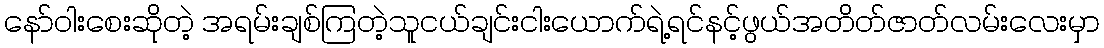
နော်ဝါးစေးဆိုတဲ့ အရမ်းချစ်ကြတဲ့သူငယ်ချင်းငါးယောက်ရဲ့ရင်နင့်ဖွယ်အတိတ်ဇာတ်လမ်းလေးမှာ